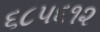
૬૮૫૬૧૨